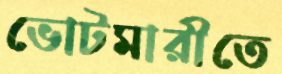
ভোটমারীতে